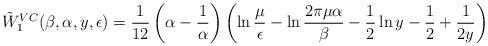
LaTeX: \begin{align*}\tilde{W}_1^{VC}(\beta,\alpha,y,\epsilon)={1 \over12}\left(\alpha-{1 \over\alpha}\right)\left(\ln{\mu \over \epsilon}-\ln{2\pi\mu\alpha \over\beta}- \frac 12 \ln y - \frac 12 +{1 \over 2y}\right)\end{align*}